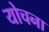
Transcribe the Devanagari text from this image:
योचना